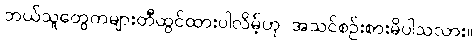
ဘယ်သူတွေကများတီထွင်ထားပါလိမ့်ဟု အသင်စဉ်းစားမိပါသလား။